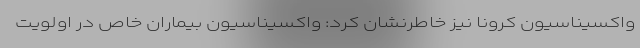
واکسیناسیون کرونا نیز خاطرنشان کرد: واکسیناسیون بیماران خاص در اولویت